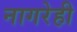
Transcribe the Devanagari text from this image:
नागरेही